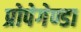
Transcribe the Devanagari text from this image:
प्रोपेगेण्डा